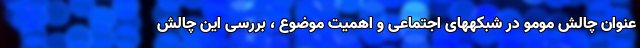
عنوان چالش مومو در شبکههای اجتماعی و اهمیت موضوع ، بررسی این چالش